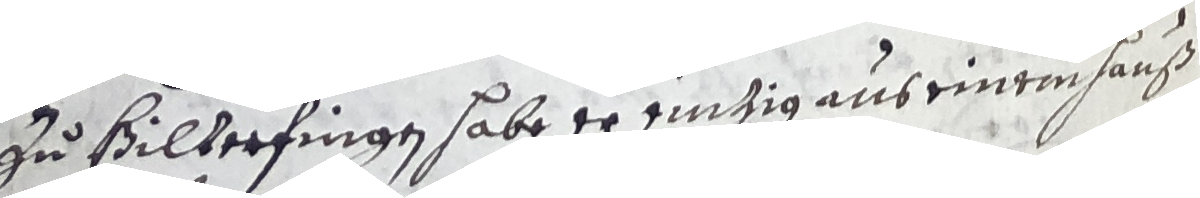
zu Bilterfingen habe er einzig aus einem hauß